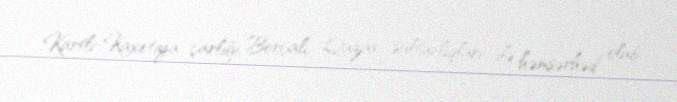
Kartli-Kaxetiya çarlığı, Borçalı, Qazax sultanlıqları ilə həmsərhəd olub.